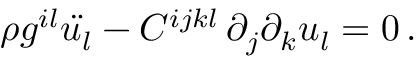
{ \rho g ^ { i l } \ddot { u _ { l } } - C ^ { i j k l } \, { \partial _ { j } \partial _ { k } u _ { l } } = 0 \, . }